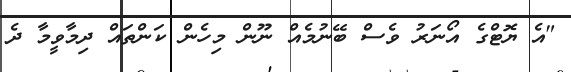
"އެ ޔޮޓްގެ އޯނަރު ވެސް ބޭނުމެއް ނޫން މިހެން ކަންތައް ދިމާވީމާ ދެ